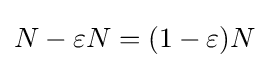
N-\varepsilon N=(1-\varepsilon )N